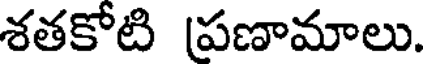
శతకోటి ప్రణామాలు.